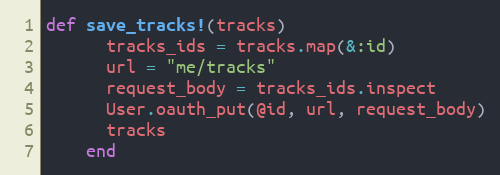
Language: Ruby
def save_tracks!(tracks)
      tracks_ids = tracks.map(&:id)
      url = "me/tracks"
      request_body = tracks_ids.inspect
      User.oauth_put(@id, url, request_body)
      tracks
    end